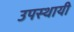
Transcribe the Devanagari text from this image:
उपस्‍थायी